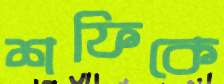
শফিকে